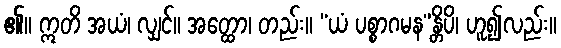
၏။ ဣတိ အယံ၊ လျှင်။ အတ္ထော၊ တည်း။ “ယံ ပစ္စာဂမန”န္တိပိ၊ ဟူ၍လည်း။